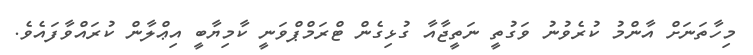
މިހާތަނަށް އާންމު ކުރެވުނު ވަގުތީ ނަތީޖާއާ ގުޅިގެން ޓްރަމްޕްވަނީ ކާމިޔާބީ އިޢްލާން ކުރައްވާފައެވެ.